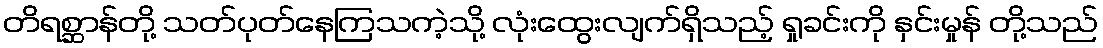
တိရစ္ဆာန်တို့ သတ်ပုတ်နေကြသကဲ့သို့ လုံးထွေးလျက်ရှိသည့် ရှုခင်းကို နှင်းမှုန် တို့သည်